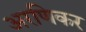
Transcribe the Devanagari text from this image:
अरणिकर